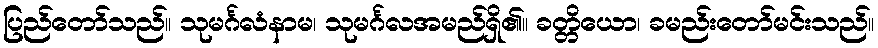
ပြည်တော်သည်။ သုမင်္ဂလံနာမ၊ သုမင်္ဂလအမည်ရှိ၏။ ခတ္တိယော၊ ခမည်းတော်မင်းသည်။